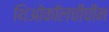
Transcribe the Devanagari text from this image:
थिओकॉलचीचीन